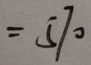
= 5 7 0